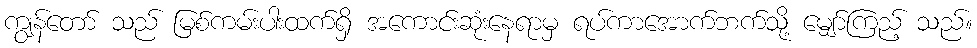
ကျွန်တော် သည် မြစ်ကမ်းပါးထက်ရှိ အကောင်းဆုံးနေရာမှ ရပ်ကာအောက်ဘက်သို့ မျှော်ကြည့် သည်။